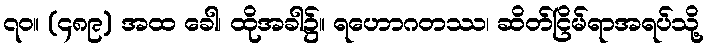
၇၀။ (၄၈၉) အထ ခေါ၊ ထိုအခါ၌။ ရဟောဂတဿ၊ ဆိတ်ငြိမ်ရာအရပ်သို့